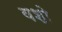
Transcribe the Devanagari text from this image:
वशो